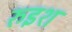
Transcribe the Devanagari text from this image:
रुइश